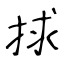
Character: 捄